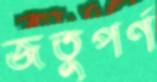
জতুপর্ণ